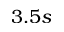
3 . 5 s